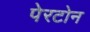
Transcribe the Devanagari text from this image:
पेरटोन